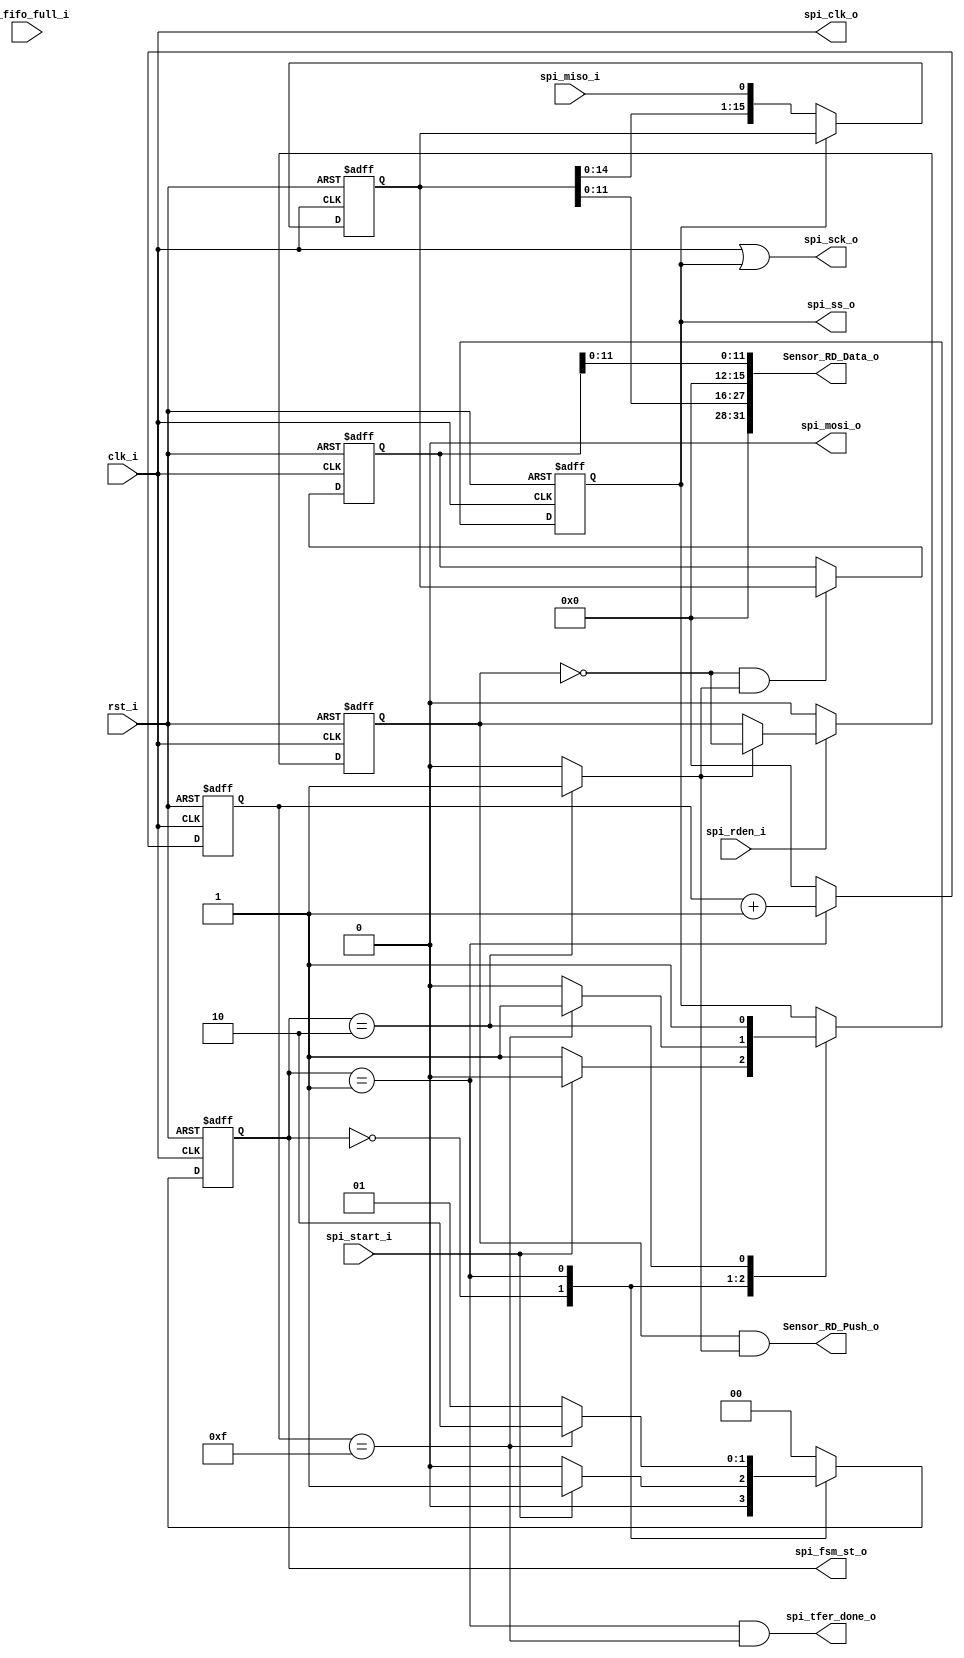
// -----------------------------------------------------------------------------
// title          : AL4S3B Fabric Intel VGA sample IP Module
// project        : Tamar2 Device
// -----------------------------------------------------------------------------
// company        : QuickLogic Corp
// platform       : ArcticLink 4 S3B
// standard       : Verilog 2001
// -----------------------------------------------------------------------------
// description: 
// -----------------------------------------------------------------------------
// copyright (c) 2018
// -----------------------------------------------------------------------------
// revisions  :
// date            version     author               description
// 2019/03/07      1.0        Rakesh Moolacheri    Initial Release
// -----------------------------------------------------------------------------
// Comments: This solution is specifically for use with the QuickLogic
//           AL4S3B device. 
// -----------------------------------------------------------------------------
//

`timescale 1ns / 10ps

module Serializer_Deserializer ( 

			clk_i,          
			rst_i,   

			//sensor_wr_dat_i,  
			spi_start_i, 
			spi_rden_i,
			spi_tfer_done_o,  
			
			spi_ss_o,        
			spi_sck_o,        
			spi_mosi_o,       
			spi_miso_i,  

			spi_clk_o,
			
			spi_fsm_st_o,
			
			rx_fifo_full_i,   
			Sensor_RD_Data_o, 
			Sensor_RD_Push_o      

			);
			
			
input			clk_i;
input			rst_i;

//input	[7:0]	sensor_wr_dat_i;
input			spi_start_i; 
input			spi_rden_i;
output			spi_tfer_done_o;

output			spi_ss_o;
output			spi_sck_o;
output			spi_mosi_o;
input	    	spi_miso_i;

input			rx_fifo_full_i;
output	[31:0]	Sensor_RD_Data_o;
output			Sensor_RD_Push_o;

output 			spi_clk_o;

output    [1:0]	spi_fsm_st_o;

wire			clk_i;
wire			rst_i;

//wire	[7:0]	sensor_wr_dat_i;
wire			spi_start_i;
wire			spi_rden_i;
wire			spi_tfer_done_o;

wire			spi_ss_o;
wire			spi_sck_o;
wire			spi_mosi_o;
wire	    	spi_miso_i;

wire			rx_fifo_full_i;
wire	[31:0]	Sensor_RD_Data_o;
wire			Sensor_RD_Push_o; 

reg	    [3:0]	bit_count; 

//reg	    [15:0]	Shift_Reg; 
//wire    [15:0]	SPIDR;

reg	    [15:0]	read_fifo_receive_data;
reg	    [15:0]	read_fifo_receive_data_l;

reg 			SS_bar; 
reg 			toggle_r;

wire 			Baud_Rate; 

wire 			spi_clk_o; 
wire 			spi_done;

//reg 			Sensor_RD_Push_r;
//wire			Sensor_RD_Push;

wire    [1:0]	spi_fsm_st_o;


reg [1:0] FSM_spi_state;
parameter IDLE_ST = 0;
parameter Transmit_ST = 1; 
parameter Done_ST = 2;

//gclkbuff u_gclkbuff_spi_clk ( .A(Baud_Rate_r ) , .Z(Baud_Rate) );
assign Baud_Rate = clk_i;

assign spi_fsm_st_o = FSM_spi_state;

assign spi_clk_o = Baud_Rate;
//assign spi_mosi_o = Shift_Reg[15]; 
assign spi_mosi_o = 1'b0;
assign spi_ss_o = SS_bar;
//assign spi_sck_o = (Baud_Rate & (~SS_bar));
assign spi_sck_o = (Baud_Rate | SS_bar);

//assign spi_tfer_done_o = (FSM_spi_state == Done_ST)? 1'b1: 1'b0;
assign spi_tfer_done_o = (FSM_spi_state == Transmit_ST) && (bit_count == 4'hF);

// Mask off the upper 4 bits of each data sample. They're supposed to be all 0's,
//  but the first bit (MSB) may be inconsistent as the SPI data bus is always
//  coming out of tri-state, so may occasionally read as a 1 instead.

//assign Sensor_RD_Data_o = {read_fifo_receive_data, read_fifo_receive_data_l};
assign Sensor_RD_Data_o = {4'b0, read_fifo_receive_data[11:0], 4'b0, read_fifo_receive_data_l[11:0]};

assign Sensor_RD_Push_o   = (toggle_r & spi_done);

/*
assign Sensor_RD_Push_o = (Sensor_RD_Push & ~Sensor_RD_Push_r);

always @( posedge clk_i or posedge rst_i ) 
begin
    if (rst_i)
    begin
	    Sensor_RD_Push_r   <= 1'b0;
	end
	else
	begin
		Sensor_RD_Push_r   <= Sensor_RD_Push;
	end
end	
*/

always @ (posedge Baud_Rate or posedge rst_i)
begin
	if(rst_i)
		bit_count <= 4'h0;
	else
        if(FSM_spi_state== Transmit_ST)
			bit_count <= bit_count + 1;	
		else 
			bit_count <= 4'h0; 
end


// SPI state machine	
always @ (posedge Baud_Rate or posedge rst_i)
begin
	if(rst_i) begin
				FSM_spi_state <= IDLE_ST;
				SS_bar		  <= 1'b1;
	          end
	else begin
		case (FSM_spi_state)
		IDLE_ST :     begin  
						if(spi_start_i) 
						begin
							FSM_spi_state <= Transmit_ST; 
							SS_bar		  <= 1'b0;
						end
						else
						begin
							FSM_spi_state <= IDLE_ST;
							SS_bar		  <= 1'b1;
						end
					  end
					
		Transmit_ST : begin
						if(bit_count == 4'hF) 
						begin
							FSM_spi_state <= Done_ST;
							SS_bar		  <= 1'b1;
						end
						else 
						begin
							FSM_spi_state <= Transmit_ST;
							SS_bar		  <= 1'b0;
						end
					  end
					
		Done_ST : 	  begin
							FSM_spi_state <= IDLE_ST;
							SS_bar		  <= 1'b1;
					  end
					
					default:FSM_spi_state <= IDLE_ST;
					
		endcase
	end
end

always @ ( negedge Baud_Rate or posedge rst_i)    
begin	
	if(rst_i)
		read_fifo_receive_data <= 16'h0;
	else 
	   if (SS_bar == 1'b0)
			read_fifo_receive_data <= {read_fifo_receive_data[14:0], spi_miso_i}; 
	   else
			read_fifo_receive_data <= read_fifo_receive_data; 
end

/*
assign SPIDR = {sensor_wr_dat_i, 8'h0};
always @ (negedge Baud_Rate or posedge rst_i)
begin
	if(rst_i)
		Shift_Reg <= 16'h0;
	else 
	  if (spi_start_i)
	     Shift_Reg <= SPIDR;
	  else if (FSM_spi_state == Transmit_ST)
		Shift_Reg <= {Shift_Reg[14:0], Shift_Reg[15]};
	  else
	    Shift_Reg <=  Shift_Reg;
end	
*/	

assign spi_done = (FSM_spi_state == Done_ST)? 1'b1: 1'b0;

always @( posedge Baud_Rate or posedge rst_i ) 
begin
    if (rst_i)
	    toggle_r   <= 1'b0;
	else
	    if (spi_rden_i == 1'b0)
		    toggle_r   <= 1'b0;
		else if (spi_done == 1'b1)
			toggle_r   <= ~toggle_r;
		else
			toggle_r   <= toggle_r;
end	

always @( posedge Baud_Rate or posedge rst_i ) 
begin
    if (rst_i)
	    read_fifo_receive_data_l  <= 16'h0;
	else
	    if (~toggle_r & spi_done)
		    read_fifo_receive_data_l  <= read_fifo_receive_data;
		else
			read_fifo_receive_data_l  <= read_fifo_receive_data_l;
end	

endmodule